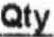
QTY